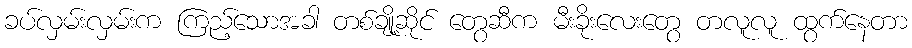
ခပ်လှမ်းလှမ်းက ကြည့်သောအခါ တစ်ချို့ဆိုင် တွေဆီက မီးခိုးလေးတွေ တလူလူ ထွက်နေတာ